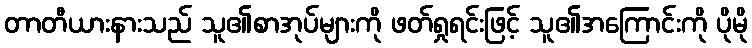
တာတီယားနားသည် သူ၏စာအုပ်များကို ဖတ်ရှုရင်းဖြင့် သူ၏အကြောင်းကို ပိုမို